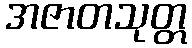
အဇာတသုတ္တ